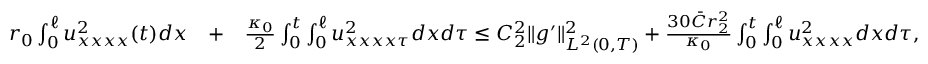
\begin{array} { r l r } { r _ { 0 } \int _ { 0 } ^ { \ell } u _ { x x x x } ^ { 2 } ( t ) d x } & { + } & { \frac { \kappa _ { 0 } } { 2 } \int _ { 0 } ^ { t } \int _ { 0 } ^ { \ell } u _ { x x x x \tau } ^ { 2 } d x d \tau \leq C _ { 2 } ^ { 2 } \Vert g ^ { \prime } \Vert _ { L ^ { 2 } ( 0 , T ) } ^ { 2 } + \frac { 3 0 \bar { C } r _ { 2 } ^ { 2 } } { \kappa _ { 0 } } \int _ { 0 } ^ { t } \int _ { 0 } ^ { \ell } u _ { x x x x } ^ { 2 } d x d \tau , } \end{array}